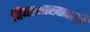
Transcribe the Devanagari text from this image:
विद्याशाखातली